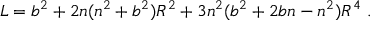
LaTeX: L = b ^ { 2 } + 2 n ( n ^ { 2 } + b ^ { 2 } ) R ^ { 2 } + 3 n ^ { 2 } ( b ^ { 2 } + 2 b n - n ^ { 2 } ) R ^ { 4 } \, \, .